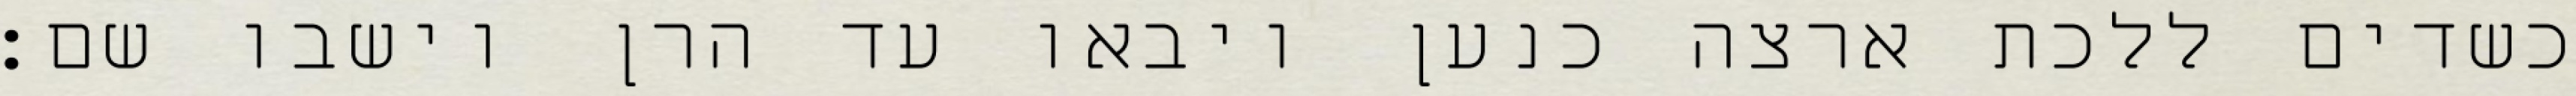
כשדים ללכת ארצה כנען ויבאו עד הרן וישבו שם׃